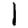
Digit: 1